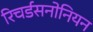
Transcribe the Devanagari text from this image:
रिचर्डसनोनियन